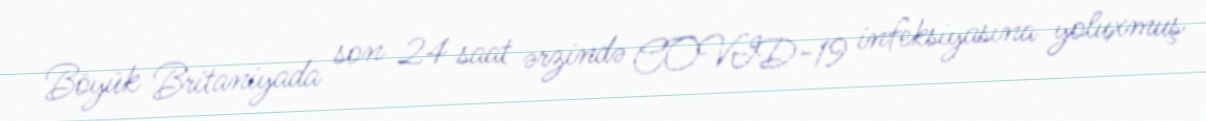
Böyük Britaniyada son 24 saat ərzində COVID-19 infeksiyasına yoluxmuş